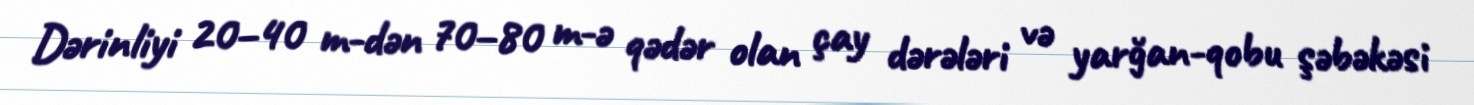
Dərinliyi 20–40 m-dən 70–80 m-ə qədər olan çay dərələri və yarğan-qobu şəbəkəsi